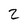
Character: 2